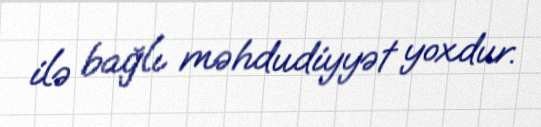
ilə bağlı məhdudiyyət yoxdur.